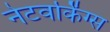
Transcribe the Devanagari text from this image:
नेटवर्किंग्स